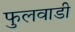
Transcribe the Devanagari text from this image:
फुलवाडी